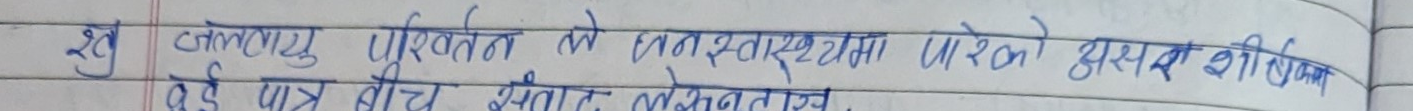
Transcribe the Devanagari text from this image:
खु जलवायु परिवर्तन के इन अवस्थामा परको अवसर शीर्षक
पड़े पात्र बीच स्तातं लखनताय